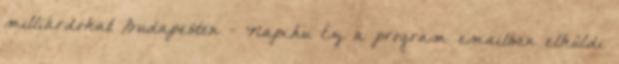
milliárdokat Budapesten - Napi.hu Ez a program emailben elküldi